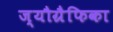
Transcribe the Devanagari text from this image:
ज्यौग्रैफिका